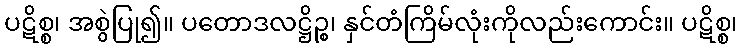
ပဋိစ္စ၊ အစွဲပြု၍။ ပတောဒလဋ္ဌိဉ္စ၊ နှင်တံကြိမ်လုံးကိုလည်းကောင်း။ ပဋိစ္စ၊